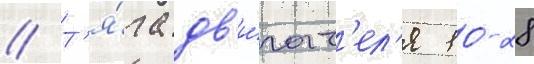
// Т'я́га дв'и́гат'ел'я 10-28